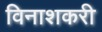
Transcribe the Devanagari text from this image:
विनाशकरी